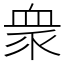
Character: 衆